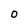
Character: 0